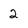
Character: 2